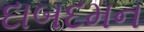
દાબદમન